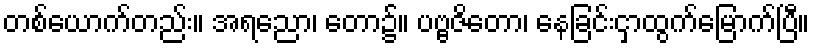
တစ်ယောက်တည်း။ အရညော၊ တော၌။ ပဗ္ဗဇိတော၊ နေခြင်းငှာထွက်မြောက်ပြီ။